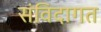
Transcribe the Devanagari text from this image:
संविदागत